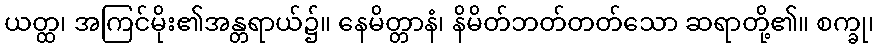
ယတ္ထ၊ အကြင်မိုး၏အန္တရာယ်၌။ နေမိတ္တာနံ၊ နိမိတ်ဘတ်တတ်သော ဆရာတို့၏။ စက္ခု၊